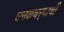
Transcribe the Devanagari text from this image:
घनकचर्‍याची